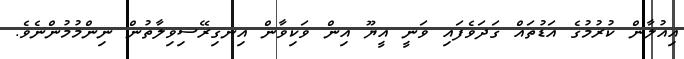
އިއުލާން ކުރުމުގެ އަޑުތައް ގަދަވެފައި ވަނީ އީޔޫ އިން ވަކިވާން އިނގިރޭސިވިލާތުން ނިންމުމުންނެވެ.